Lunatic asylums United Prov. 1922-30 - 1922-1930
Year: 1922
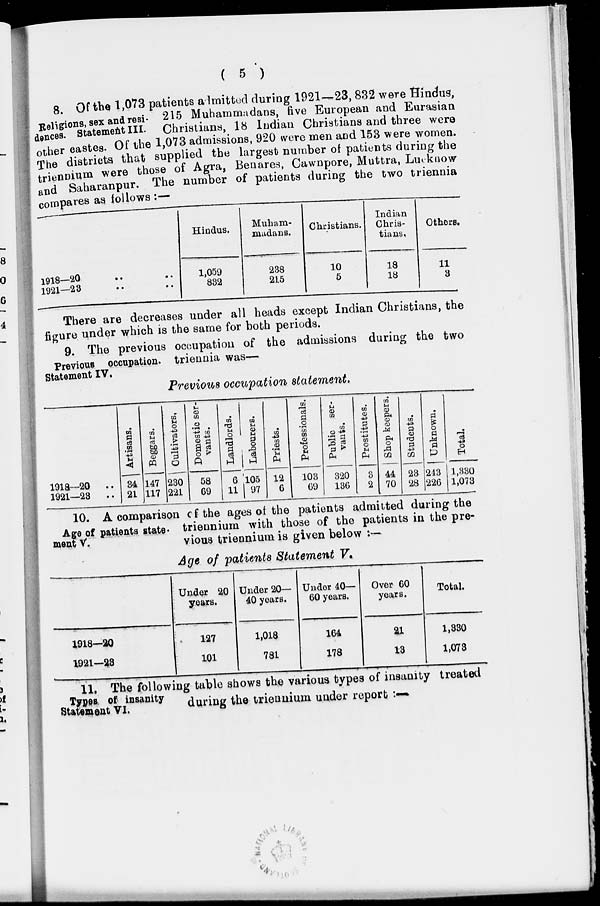
( 5 )
Religions, sex and resi-
dences. Statement III.
8. Of the 1,073 patients a lmitted during 1921—23, 832 were Hindus,
215 Muhammadans, five European and Eurasian
Christians, 18 Indian Christians and three were
other castes. Of the 1,073 admissions, 920 were men and 153 were women.
The districts that supplied the largest number of patients during the
triennium were those of Agra, Benares, Cawnpore, Muttra, Lucknow
and Saharanpur. The number of patients during the two triennia
compares as follows :—
1918—20 .. ..
1921—23 .. ..
Hindus.
1,059
832
Muham-
madans.
238
215
Christians.
10
5
Indian
Chris-
tians.
18
18
Others.
11
3
There are decreases under all heads except Indian Christians, the
figure under which is the same for both periods.
Previous occupation.
Statement IV.
9. The previous occupation of the admissions during the two
triennia was—
Previous occupation statement.
1918—20
..
1921—23
..
Artisans.
34
21
Beggars.
147
117
Cultivators.
230
221
Domestic ser-
vants.
58
69
Landlords.
6
11
Labourers.
105
97
Priests.
12
6
Professionals.
103
69
Public ser-
vants.
320
136
Prostitutes.
3
2
Shop keepers.
44
70
Students.
23
28
Unknown.
243
226
Total.
1,330
1,073
Age of patients state¬
ment V.
10. A comparison of the ages of the patients admitted during the
triennium with those of the patients in the pre-
vious triennium is given below :—
Age of patients Statement V.
1918—20
1921—23
Under 20
years.
127
101
Under 20—
40 years.
1,018
781
Under 40—
60 years.
164
178
Over 60
years.
21
13
Total.
1,330
1,073
Types of insanity
Statement VI.
11. The following table shows the various types of insanity treated
during the triennium under report : —